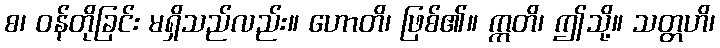
စ၊ ဝန်တိုခြင်း မရှိသည်လည်း။ ဟောတိ၊ ဖြစ်၏။ ဣတိ၊ ဤသို့။ သတ္တဟိ၊